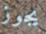
يجوز